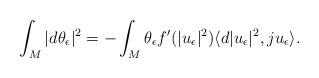
LaTeX: \begin{align*}\int_M |d\theta_{\epsilon}|^2=-\int_M\theta_{\epsilon}f'(|u_{\epsilon}|^2)\langle d|u_{\epsilon}|^2,ju_{\epsilon}\rangle.\end{align*}